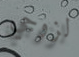
لزوجي